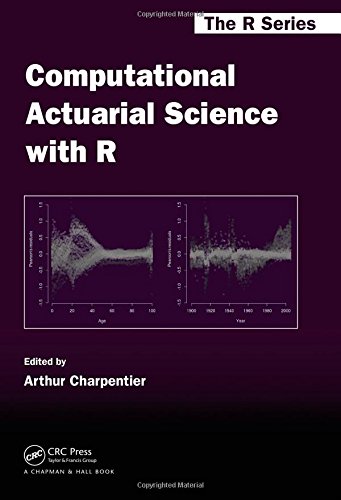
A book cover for Computational Actuarial Science with R (Chapman & Hall/CRC The R Series); Business & Money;